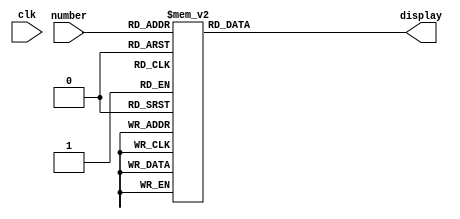
module seven_segment_display(
	input clk,
	input [3:0] number,
	output reg [6:0] display
);
	always @(clk)
	begin
		case (number)
			4'd0:
				display <= 7'b1000000;
			4'd1:
				display <= 7'b1111001;
			4'd2:
				display <= 7'b0100100;
			4'd3:
				display <= 7'b0110000;
			4'd4:
				display <= 7'b0011001;
			4'd5:
				display <= 7'b0010010;
			4'd6:
				display <= 7'b0000010;
			4'd7:
				display <= 7'b1111000;
			4'd8:
				display <= 7'b0000000;
			4'd9:
				display <= 7'b0011000;
			4'd10:
				display <= 7'b0001000;
			4'd11:
				display <= 7'b0000011;
			4'd12:
				display <= 7'b1000110;
			4'd13:
				display <= 7'b0100001;
			4'd14:
				display <= 7'b0000110;
			4'd15:
				display <= 7'b0001110;
		endcase
	end
endmodule // seven_segment_display